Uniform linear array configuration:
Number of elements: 8
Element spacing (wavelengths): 0.25
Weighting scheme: hann
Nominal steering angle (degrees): -45
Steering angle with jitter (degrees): -44.33
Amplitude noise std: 0.05
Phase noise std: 0.05

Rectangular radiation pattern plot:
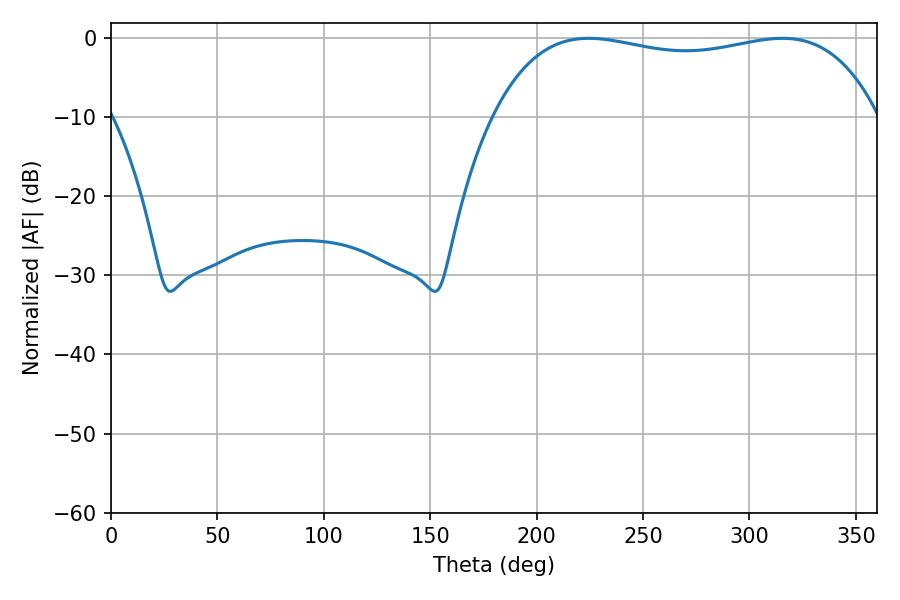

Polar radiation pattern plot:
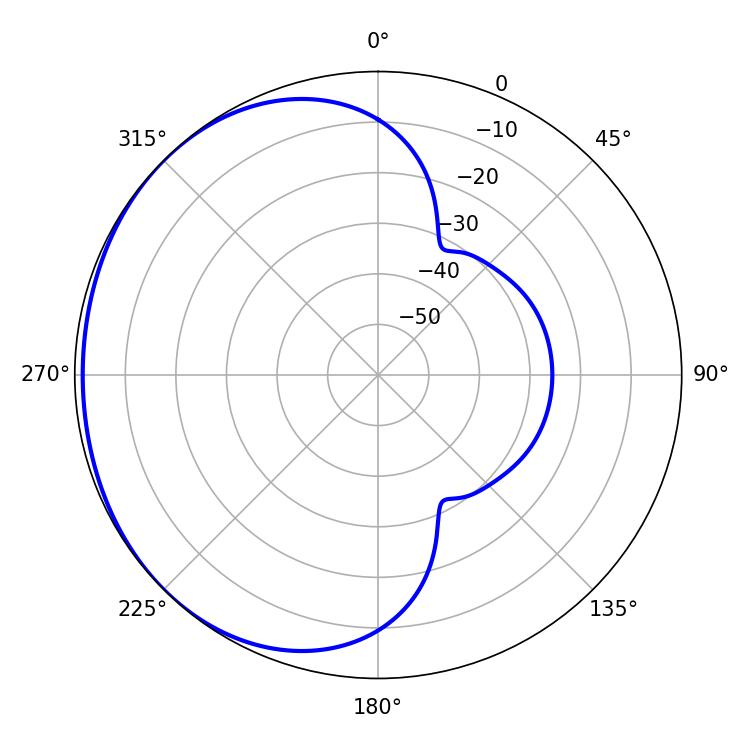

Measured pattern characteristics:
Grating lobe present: FALSE
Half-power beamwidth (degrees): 146.16
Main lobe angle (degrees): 224.46